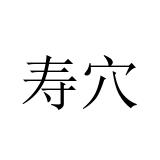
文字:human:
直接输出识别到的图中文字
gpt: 寿穴